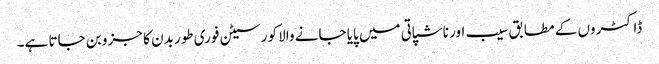
ڈاکٹروں کے مطابق سیب اور ناشپاتی میں پایا جانے والا کورسیٹن فوری طور بدن کا جزو بن جاتا ہے۔